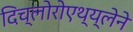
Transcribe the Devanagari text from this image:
दिच्लोरोएथ्य्लेने